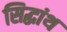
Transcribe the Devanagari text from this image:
सिद्धांथ